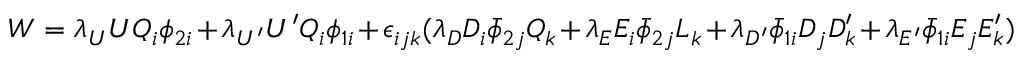
W = \lambda _ { U } U Q _ { i } \phi _ { 2 i } + \lambda _ { U ^ { \prime } } U ^ { \prime } Q _ { i } \phi _ { 1 i } + \epsilon _ { i j k } ( \lambda _ { D } D _ { i } \bar { \phi } _ { 2 j } Q _ { k } + \lambda _ { E } E _ { i } \bar { \phi } _ { 2 j } L _ { k } + \lambda _ { D ^ { \prime } } \bar { \phi } _ { 1 i } D _ { j } D _ { k } ^ { \prime } + \lambda _ { E ^ { \prime } } \bar { \phi } _ { 1 i } E _ { j } E _ { k } ^ { \prime } )